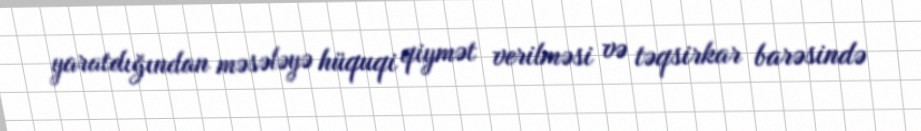
yaratdığından məsələyə hüquqi qiymət verilməsi və təqsirkar barəsində